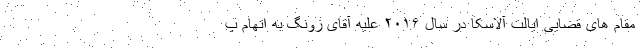
مقام های قضایی ایالت آلاسکا در سال ۲۰۱۶ علیه آقای زونگ به اتهام پ